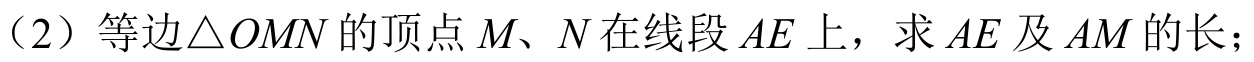
（2）等边$\triangle  OMN$的顶点$M、N$在线段$AE$上，求$AE$及$AM$的长；